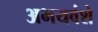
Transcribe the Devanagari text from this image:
अभयवंशे